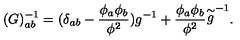
( G ) _ { a b } ^ { - 1 } = ( \delta _ { a b } - \frac { \phi _ { a } \phi _ { b } } { \phi ^ { 2 } } ) g ^ { - 1 } + \frac { \phi _ { a } \phi _ { b } } { \phi ^ { 2 } } { \stackrel { \sim } { g } } ^ { - 1 } .